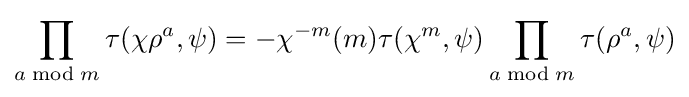
\prod _{a{\bmod {m}}}\tau (\chi \rho ^{a},\psi )=-\chi ^{-m}(m)\tau (\chi ^{m},\psi )\prod _{a{\bmod {m}}}\tau (\rho ^{a},\psi )